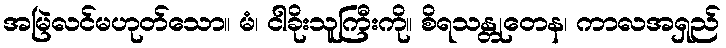
အမြဲလင်မဟုတ်သော။ မံ၊ ငါခိုးသူကြီးကို။ စိရသန္တုတေန၊ ကာလအရှည်